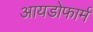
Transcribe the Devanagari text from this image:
आयडोफार्म